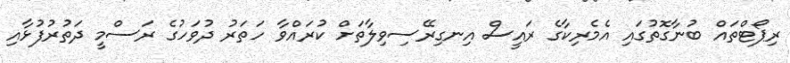
ރިޕޯޓްތައް ބުނާގޮތުގައި އެމެރިކާގެ ރައީސް އިނގިރޭސިވިލާތަށް ކުރައްވާ ހަތަރު ދުވަހުގެ ރަސްމީ ދަތުރުފުޅާއި